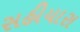
સહીયારા